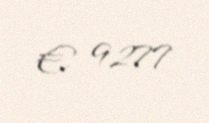
€ 9277